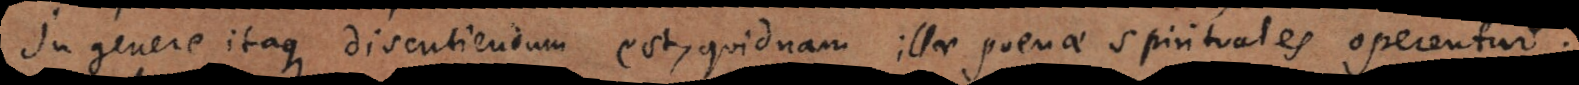
In genere itaque discutiendum est, quidnam illae poenae spiri